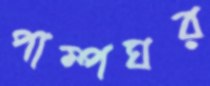
পাম্পঘর